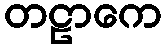
တဠာကေ